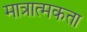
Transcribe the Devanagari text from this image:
मात्रात्मकता